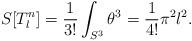
LaTeX: \begin{align*}S[T^n_l] = \frac 1{3!}\int_{S^3} \theta^3 = \frac 1{4!} \pi^2 l^2.\end{align*}